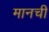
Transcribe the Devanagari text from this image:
मानची